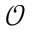
\mathcal { O }